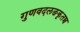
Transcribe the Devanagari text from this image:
गुणवदलङकृतञ्च